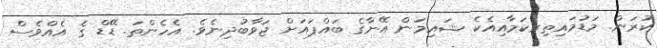
ކުރަން. މަޑުމައިތިރިކަމާއިއެކެ ޝައިމަން އޭނާގެ ބައްޕައަށް ޖަވާބުދިނެވެ. އެހެންތަ. ޑޭޑް ގެ އެއްވެސް